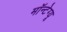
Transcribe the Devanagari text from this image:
मॉन्टेग्यू